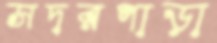
সদরপাড়া